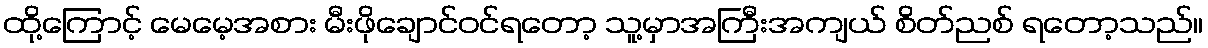
ထို့ကြောင့် မေမေ့အစား မီးဖိုချောင်ဝင်ရတော့ သူ့မှာအကြီးအကျယ် စိတ်ညစ် ရတော့သည်။